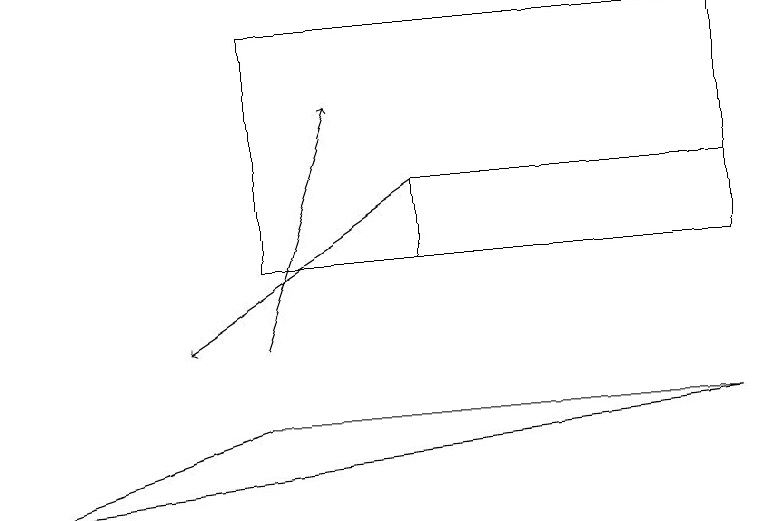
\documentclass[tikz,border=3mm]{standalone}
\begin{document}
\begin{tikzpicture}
\draw (9,14) rectangle (3,11);
\draw[->] (5,12) -- (2,10);
\draw[->] (3,10) -- (4,13);
\draw (0,8) -- (3,9) -- (9,9) -- cycle;
\draw (9,12) rectangle (5,11);
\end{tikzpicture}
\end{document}